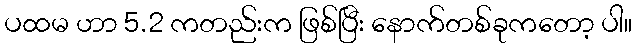
ပထမ ဟာ 5.2 ကတည်းက ဖြစ်ပြီး နောက်တစ်ခုကတော့ ပါ။